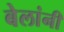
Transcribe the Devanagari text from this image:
बेलांनी